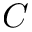
C